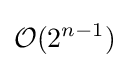
{\mathcal {O}}(2^{n-1})